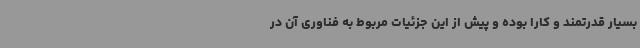
بسیار قدرتمند و کارا بوده و پیش از این جزئیات مربوط به فناوری آن در